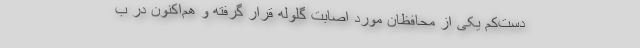
دست‌کم یکی از محافظان مورد اصابت گلوله قرار گرفته و هم‌اکنون در ب